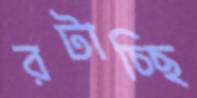
রটাচ্ছি